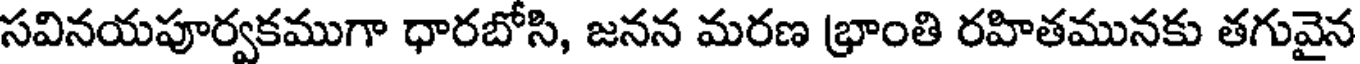
సవినయపూర్వకముగా ధారబోసి, జనన మరణ భ్రాంతి రహితమునకు తగువైన